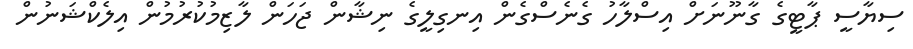
ސިޔާސީ ޕާޓީގެ ގާނޫނަށް އިސްލާހު ގެނެސްގެން އިނގިލީގެ ނިޝާން ޖަހަން ލާޒިމުކުރުމުން އިލެކްޝަނުން